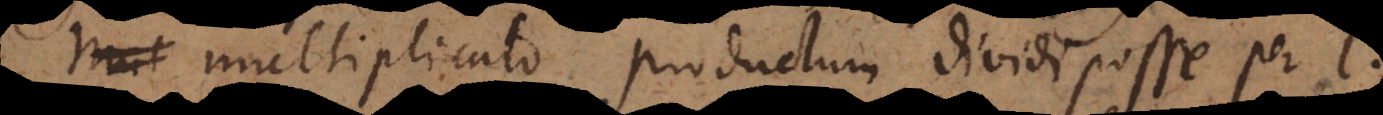
multiplicato, productum dividi posse per l.